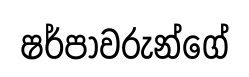
ෂර්පාවරුන්ගේ